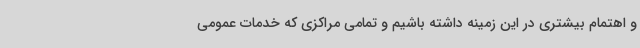
و اهتمام بیشتری در این زمینه داشته باشیم و تمامی مراکزی که خدمات عمومی